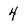
Character: 4